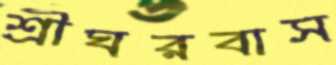
শ্রীঘরবাস